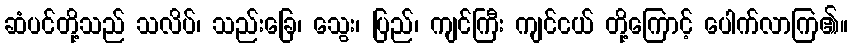
ဆံပင်တို့သည် သလိပ်၊ သည်းခြေ၊ သွေး၊ ပြည်၊ ကျင်ကြီး ကျင်ငယ် တို့ကြောင့် ပေါက်လာကြ၏။